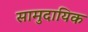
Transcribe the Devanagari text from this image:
सामुदायिक